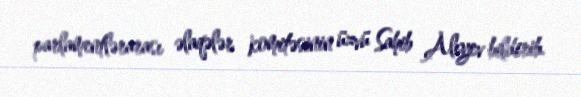
parlamentlərarası əlaqələr komitəsinin üzvü Sahib Alıyev bildirib.